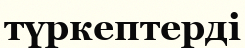
түркептерді